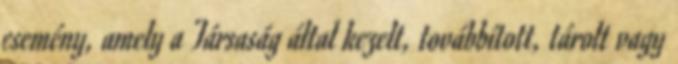
esemény, amely a Társaság által kezelt, továbbított, tárolt vagy